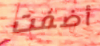
أضفت